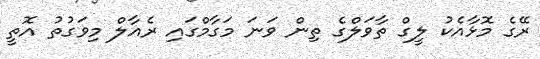
ރޭގެ މޮޅާއެކު ލީގް ތާވަލްގެ ތިން ވަނަ މަގާމްގައި ރެއާލް މިވަގުތު އޮތީ